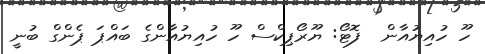
ހޫ ހުއިޔުއާން  ފޮޓޯ: ޔޫރޯޕިކްސް ހޫ ހުއިޔުއާންގެ ބައްޕަ ޕެންގް ބުނީ